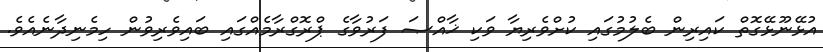
އުޅޭނޫޅޭގޮތް ކައިރިން ބެލުމުގައި ކުށްވެރިޔާ ވަކި ޚާއްޞަ ފަރުވާގެ ޕްރޮގްރާމެއްގައި ބައިވެރިވުން ހިމެނިދާނެއެވެ.